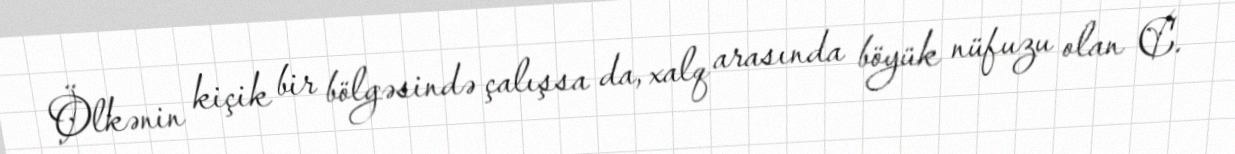
Ölkənin kiçik bir bölgəsində çalışsa da, xalq arasında böyük nüfuzu olan C.